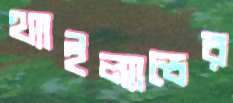
থ্যাইল্যান্ডের